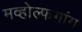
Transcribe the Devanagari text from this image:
मव्होल्फगांग